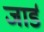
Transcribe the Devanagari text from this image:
जार्ड